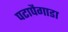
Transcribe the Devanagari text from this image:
पटापैगाडा